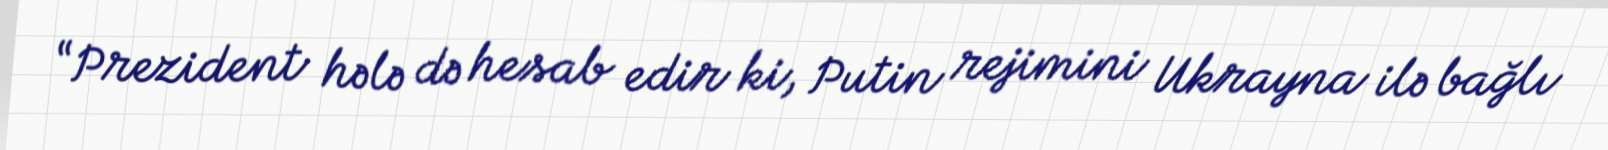
“Prezident hələ də hesab edir ki, Putin rejimini Ukrayna ilə bağlı